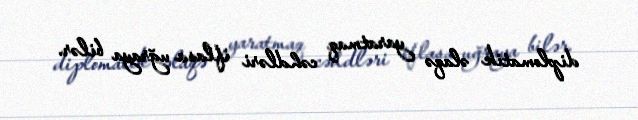
diplomatik əlaqə yaratmaq cəhdləri iflasa uğraya bilər.